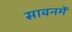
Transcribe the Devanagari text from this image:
सावनमें